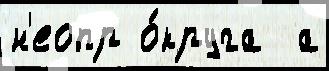
н'еопр о́круга  а